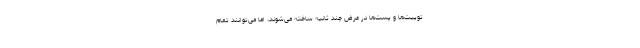
توییت‌ها و پست‌ها در عرض چند ثانیه ساخته می‌شوند، اما می‌توانند تمام